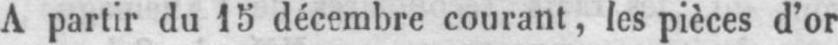
A partir du 15 décembre courant, les pièces d’or